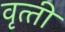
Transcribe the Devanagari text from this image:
वृत्‍ती